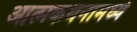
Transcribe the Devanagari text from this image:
आत्मकथनामध्ये